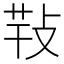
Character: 𢽁